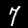
Label: 7